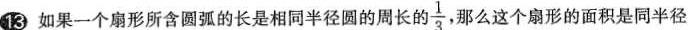
13 如果一个扇形所含圆弧的长是相同半径圆的周长的 \frac{1}{3} 那么这个扇形的面积是同半径